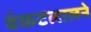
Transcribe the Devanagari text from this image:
बंकटलालने